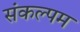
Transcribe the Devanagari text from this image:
संकल्पम